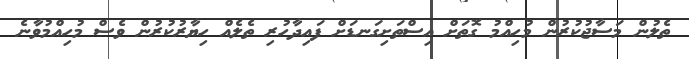
ތެލުން މަސާޖުކުރުން މުހިއްމު ގޮތަށް އިސްތަށިގަނޑަށް ފައިދާހުރި ތެލެއް ހިޔާރުކުރުން ވެސް މުހިއްމުވާނެ